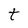
Character: t